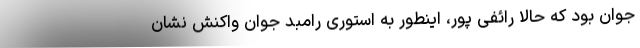
جوان بود که حالا رائفی پور، اینطور به استوری رامبد جوان واکنش نشان